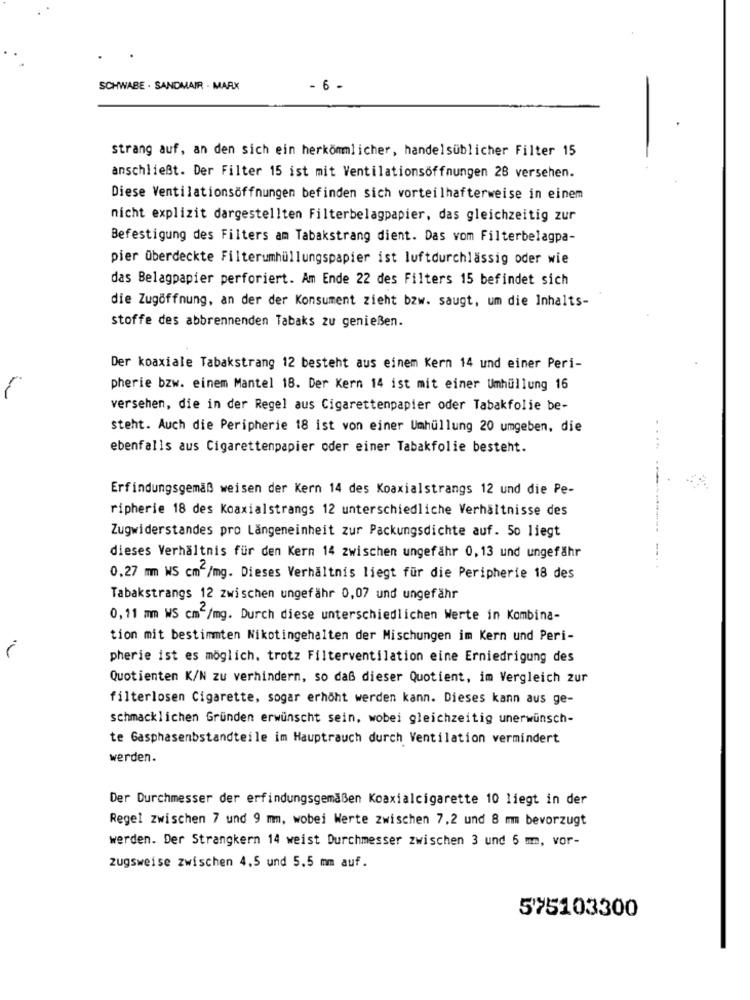
SCHWABE . SANDMAIR . MARX
- 6 -
strang auf, an den sich ein herkömmlicher, handelsüblicher Filter 15
anschließt. Der Filter 15 ist mit Ventilationsöffnungen 28 versehen.
Diese Ventilationsöffnungen befinden sich vorteilhafterweise in einem
nicht explizit dargestellten Filterbelagpapier, das gleichzeitig zur
Befestigung des Filters am Tabakstrang dient. Das vom Filterbelagpa-
pier überdeckte Filterumhüllungspapier ist luftdurchlässig oder wie
das Belagpapier perforiert. Am Ende 22 des Filters 15 befindet sich
die Zugöffnung, an der der Konsument zieht bzw. saugt, um die Inhalts-
stoffe des abbrennenden Tabaks zu genießen.
Der koaxiale Tabakstrang 12 besteht aus einem Kern 14 und einer Peri-
pherie bzw. einem Mantel 18. Der Kern 14 ist mit einer Umhüllung 16
versehen, die in der Regel aus Cigarettenpapier oder Tabakfolie be-
steht. Auch die Peripherie 18 ist von einer Umhüllung 20 umgeben, die
ebenfalls aus Cigarettenpapier oder einer Tabakfolie besteht.
Erfindungsgemäß weisen der Kern 14 des Koaxialstrangs 12 und die Pe-
ripherie 18 des Koaxialstrangs 12 unterschiedliche Verhältnisse des
Zugwiderstandes pro Längeneinheit zur Packungsdichte auf. So liegt
dieses Verhältnis für den Kern 14 zwischen ungefähr 0,13 und ungefähr
0.27 mm WS cm2/mg. Dieses Verhältnis liegt für die Peripherie 18 des
Tabakstrangs 12 zwischen ungefähr 0,07 und ungefähr
0,11 mm WS cmc/mg. Durch diese unterschiedlichen Werte in Kombina-
tion mit bestimmten Nikotingehalten der Mischungen im Kern und Peri-
pherie ist es möglich. trotz Filterventilation eine Erniedrigung des
Quotienten K/N zu verhindern, so daß dieser Quotient, im Vergleich zur
filterlosen Cigarette, sogar erhöht werden kann. Dieses kann aus ge-
schmacklichen Gründen erwünscht sein, wobei gleichzeitig unerwünsch-
te Gasphasenbstandteile im Hauptrauch durch Ventilation vermindert
werden.
Der Durchmesser der erfindungsgemäßen Koaxialcigarette 10 liegt in der
Regel zwischen 7 und 9 mm, wobei Werte zwischen 7,2 und 8 mm bevorzugt
werden. Der Strangkern 14 weist Durchmesser zwischen 3 und 5 mm, vor-
zugsweise zwischen 4,5 und 5.5 mm auf.
575103300